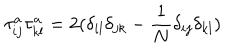
LaTeX: \tau _ { i j } ^ { a } \tau _ { k l } ^ { a } = 2 ( \delta _ { i l } \delta _ { j k } - \frac { 1 } { N } \delta _ { i j } \delta _ { k l } )